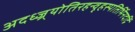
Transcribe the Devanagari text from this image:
अदध्ज्र्योतिरहन्वृहस्पतिर्भिनदद्रिं